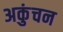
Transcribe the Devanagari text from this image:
अकुंचन